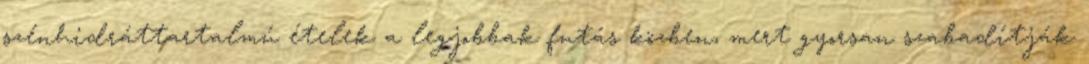
szénhidráttartalmú ételek a legjobbak futás közben, mert gyorsan szabadítják